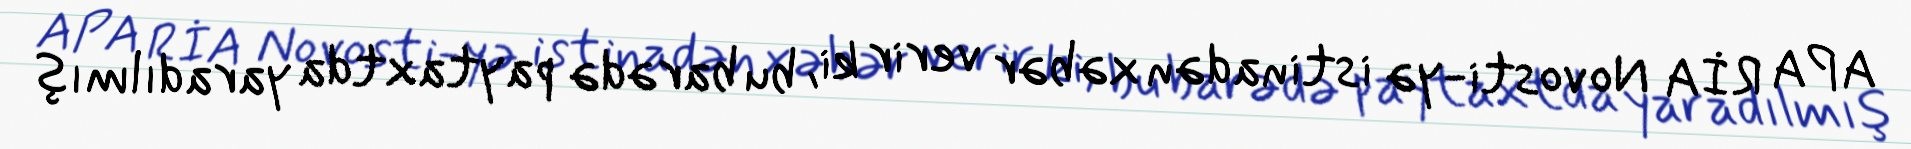
APA RİA Novosti-yə istinadən xəbər verir ki, bu barədə paytaxtda yaradılmış